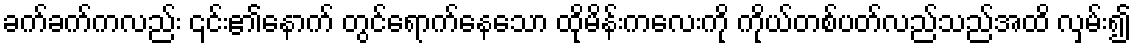
ခက်ခက်ကလည်း ၎င်း၏နောက် တွင်ရောက်နေသော ထိုမိန်းကလေးကို ကိုယ်တစ်ပတ်လည်သည်အထိ လှမ်း၍